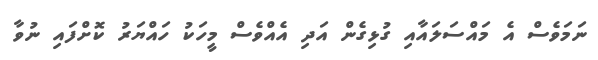
ނަމަވެސް އެ މައްސަލައާއި ގުޅިގެން އަދި އެއްވެސް މީހަކު ހައްޔަރު ކޮށްފައި ނުވާ